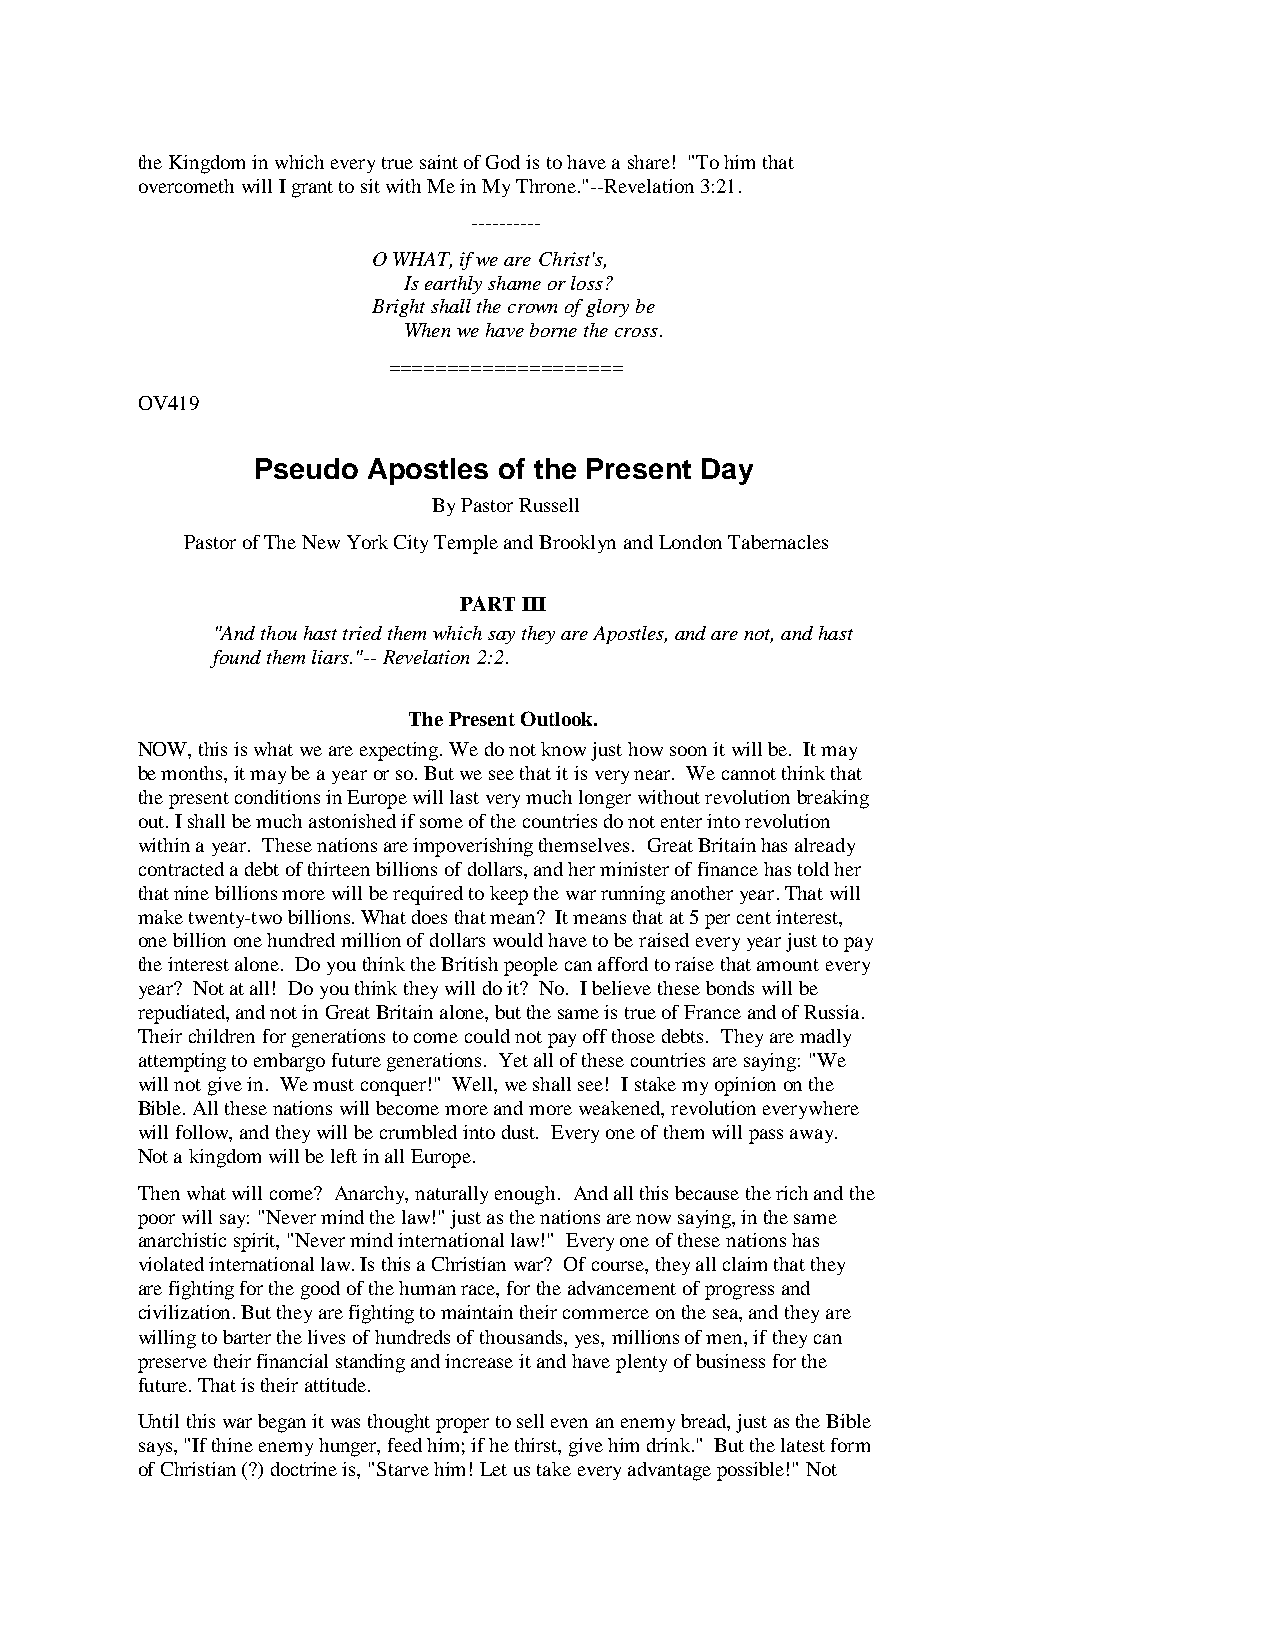
the Kingdom in which every true saint of God is to have a share! "To him that
 overcometh will I grant to sit with Me in My Throne."--Revelation 3:21.
 ----------
 O WHAT, if we are Christ's,
 Is earthly shame or loss?
 Bright shall the crown of glory be
 When we have borne the cross.
 ====================
 OV419
 Pseudo Apostles of the Present Day
 By Pastor Russell
 Pastor of The New York City Temple and Brooklyn and London Tabernacles
 PART III
 "And thou hast tried them which say they are Apostles, and are not, and hast
 found them liars."-- Revelation 2:2.
 The Present Outlook.
 NOW, this is what we are expecting. We do not know just how soon it will be. It may
 be months, it may be a year or so. But we see that it is very near. We cannot think that
 the present conditions in Europe will last very much longer without revolution breaking
 out. I shall be much astonished if some of the countries do not enter into revolution
 within a year. These nations are impoverishing themselves. Great Britain has already
 contracted a debt of thirteen billions of dollars, and her minister of finance has told her
 that nine billions more will be required to keep the war running another year. That will
 make twenty-two billions. What does that mean? It means that at 5 per cent interest,
 one billion one hundred million of dollars would have to be raised every year just to pay
 the interest alone. Do you think the British people can afford to raise that amount every
 year? Not at all! Do you think they will do it? No. I believe these bonds will be
 repudiated, and not in Great Britain alone, but the same is true of France and of Russia.
 Their children for generations to come could not pay off those debts. They are madly
 attempting to embargo future generations. Yet all of these countries are saying: "We
 will not give in. We must conquer!" Well, we shall see! I stake my opinion on the
 Bible. All these nations will become more and more weakened, revolution everywhere
 will follow, and they will be crumbled into dust. Every one of them will pass away.
 Not a kingdom will be left in all Europe.
 Then what will come? Anarchy, naturally enough. And all this because the rich and the
 poor will say: "Never mind the law!" just as the nations are now saying, in the same
 anarchistic spirit, "Never mind international law!" Every one of these nations has
 violated international law. Is this a Christian war? Of course, they all claim that they
 are fighting for the good of the human race, for the advancement of progress and
 civilization. But they are fighting to maintain their commerce on the sea, and they are
 willing to barter the lives of hundreds of thousands, yes, millions of men, if they can
 preserve their financial standing and increase it and have plenty of business for the
 future. That is their attitude.
 Until this war began it was thought proper to sell even an enemy bread, just as the Bible
 says, "If thine enemy hunger, feed him; if he thirst, give him drink." But the latest form
 of Christian (?) doctrine is, "Starve him! Let us take every advantage possible!" Not